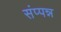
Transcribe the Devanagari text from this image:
संप्पन्न